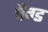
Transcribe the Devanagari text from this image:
पैग्ड